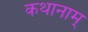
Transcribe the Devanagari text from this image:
कथानाम्